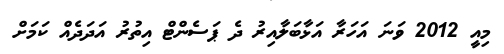
މިއީ 2012 ވަނަ އަހަރާ އަޅާބަލާއިރު ދެ ޕަސެންޓް އިތުރު އަދަދެއް ކަމަށް